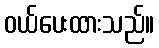
ဝယ်ပေးထားသည်။